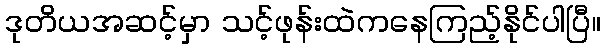
ဒုတိယအဆင့်မှာ သင့်ဖုန်းထဲကနေကြည့်နိုင်ပါပြီ။